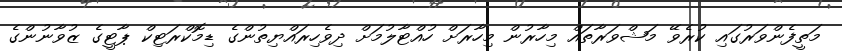
މަތީފެންވަރުގައި ކުރެވޭ މަޝްވަރާތައް މިހާރުން މިހާރަށް ހުއްޓާލުމަށް ދިވެހިރައްޔިތުންގެ ޑިމޮކްރަޓިކް ޕާޓީގެ ޒުވާނުންގެ